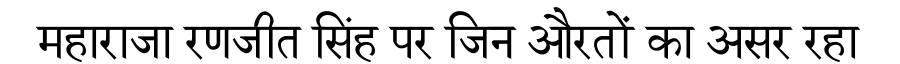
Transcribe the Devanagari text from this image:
महाराजा रणजीत सिंह पर जिन औरतों का असर रहा